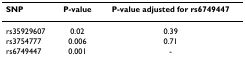
<table><thead><tr><td><b>SNP</b></td><td><b>P-value</b></td><td><b>P-value adjusted for rs6749447</b></td></tr></thead><tbody><tr><td>rs35929607</td><td>0.02</td><td>0.39</td></tr><tr><td>rs3754777</td><td>0.006</td><td>0.71</td></tr><tr><td>rs6749447</td><td>0.001</td><td>-</td></tr></tbody></table>